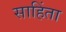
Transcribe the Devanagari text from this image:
साहिंता